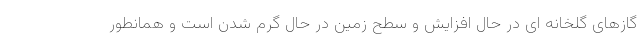
گازهای گلخانه ای در حال افزایش و سطح زمین در حال گرم شدن است و همانطور